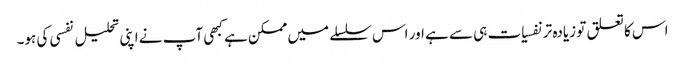
اس کا تعلق تو زیادہ تر نفسیات ہی سے ہے اور اس سلسلے میں ممکن ہے کبھی آپ نے اپنی تحلیل نفسی کی ہو۔